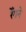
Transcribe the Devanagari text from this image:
रेँगने